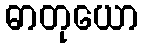
ဓာတုယော